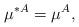
LaTeX: \begin{align*} \mu^{*A}=\mu^A,\end{align*}